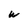
Character: w